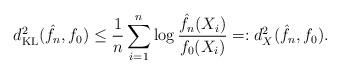
LaTeX: \begin{align*}d_{\mathrm{KL}}^2(\hat{f}_n,f_0) \leq \frac{1}{n}\sum_{i=1}^n \log \frac{\hat{f}_n(X_i)}{f_0(X_i)} =: d_X^2(\hat{f}_n,f_0).\end{align*}